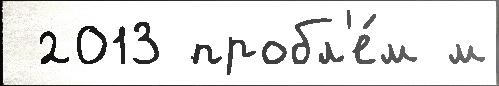
 2013 пробл'е́м м